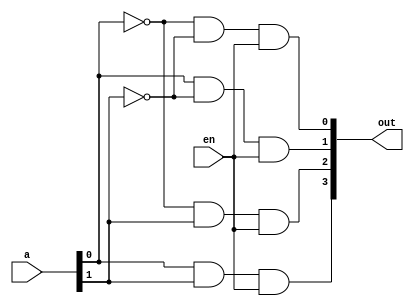
`timescale 1ns / 1ps
//////////////////////////////////////////////////////////////////////////////////
// Company: 
// Engineer: 
// 
// Design Name: 
// Module Name: twoToFourDecoderEn
// Project Name: 
// Target Devices: 
// Tool Versions: 
// Description: 
// 
// Dependencies: 
// 
// Revision:
// Revision 0.01 - File Created
// Additional Comments:
// 
//////////////////////////////////////////////////////////////////////////////////


module twoToFourDecoderEn(
    input en,
    input [1:0] a,
    output [3:0] out
    );

    assign out[0] = (~a[0]) & (~a[1]) & en;
    assign out[1] = a[0] & (~a[1]) & en;
    assign out[2] = (~a[0]) & a[1] & en;
    assign out[3] = a[0] & a[1] & en;

endmodule